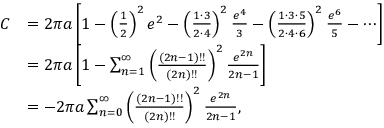
{ \begin{array} { r l } { C } & { = 2 \pi a \left[ { 1 - \left( { \frac { 1 } { 2 } } \right) ^ { 2 } e ^ { 2 } - \left( { \frac { 1 \cdot 3 } { 2 \cdot 4 } } \right) ^ { 2 } { \frac { e ^ { 4 } } { 3 } } - \left( { \frac { 1 \cdot 3 \cdot 5 } { 2 \cdot 4 \cdot 6 } } \right) ^ { 2 } { \frac { e ^ { 6 } } { 5 } } - \cdots } \right] } \\ & { = 2 \pi a \left[ 1 - \sum _ { n = 1 } ^ { \infty } \left( { \frac { ( 2 n - 1 ) ! ! } { ( 2 n ) ! ! } } \right) ^ { 2 } { \frac { e ^ { 2 n } } { 2 n - 1 } } \right] } \\ & { = - 2 \pi a \sum _ { n = 0 } ^ { \infty } \left( { \frac { ( 2 n - 1 ) ! ! } { ( 2 n ) ! ! } } \right) ^ { 2 } { \frac { e ^ { 2 n } } { 2 n - 1 } } , } \end{array} }